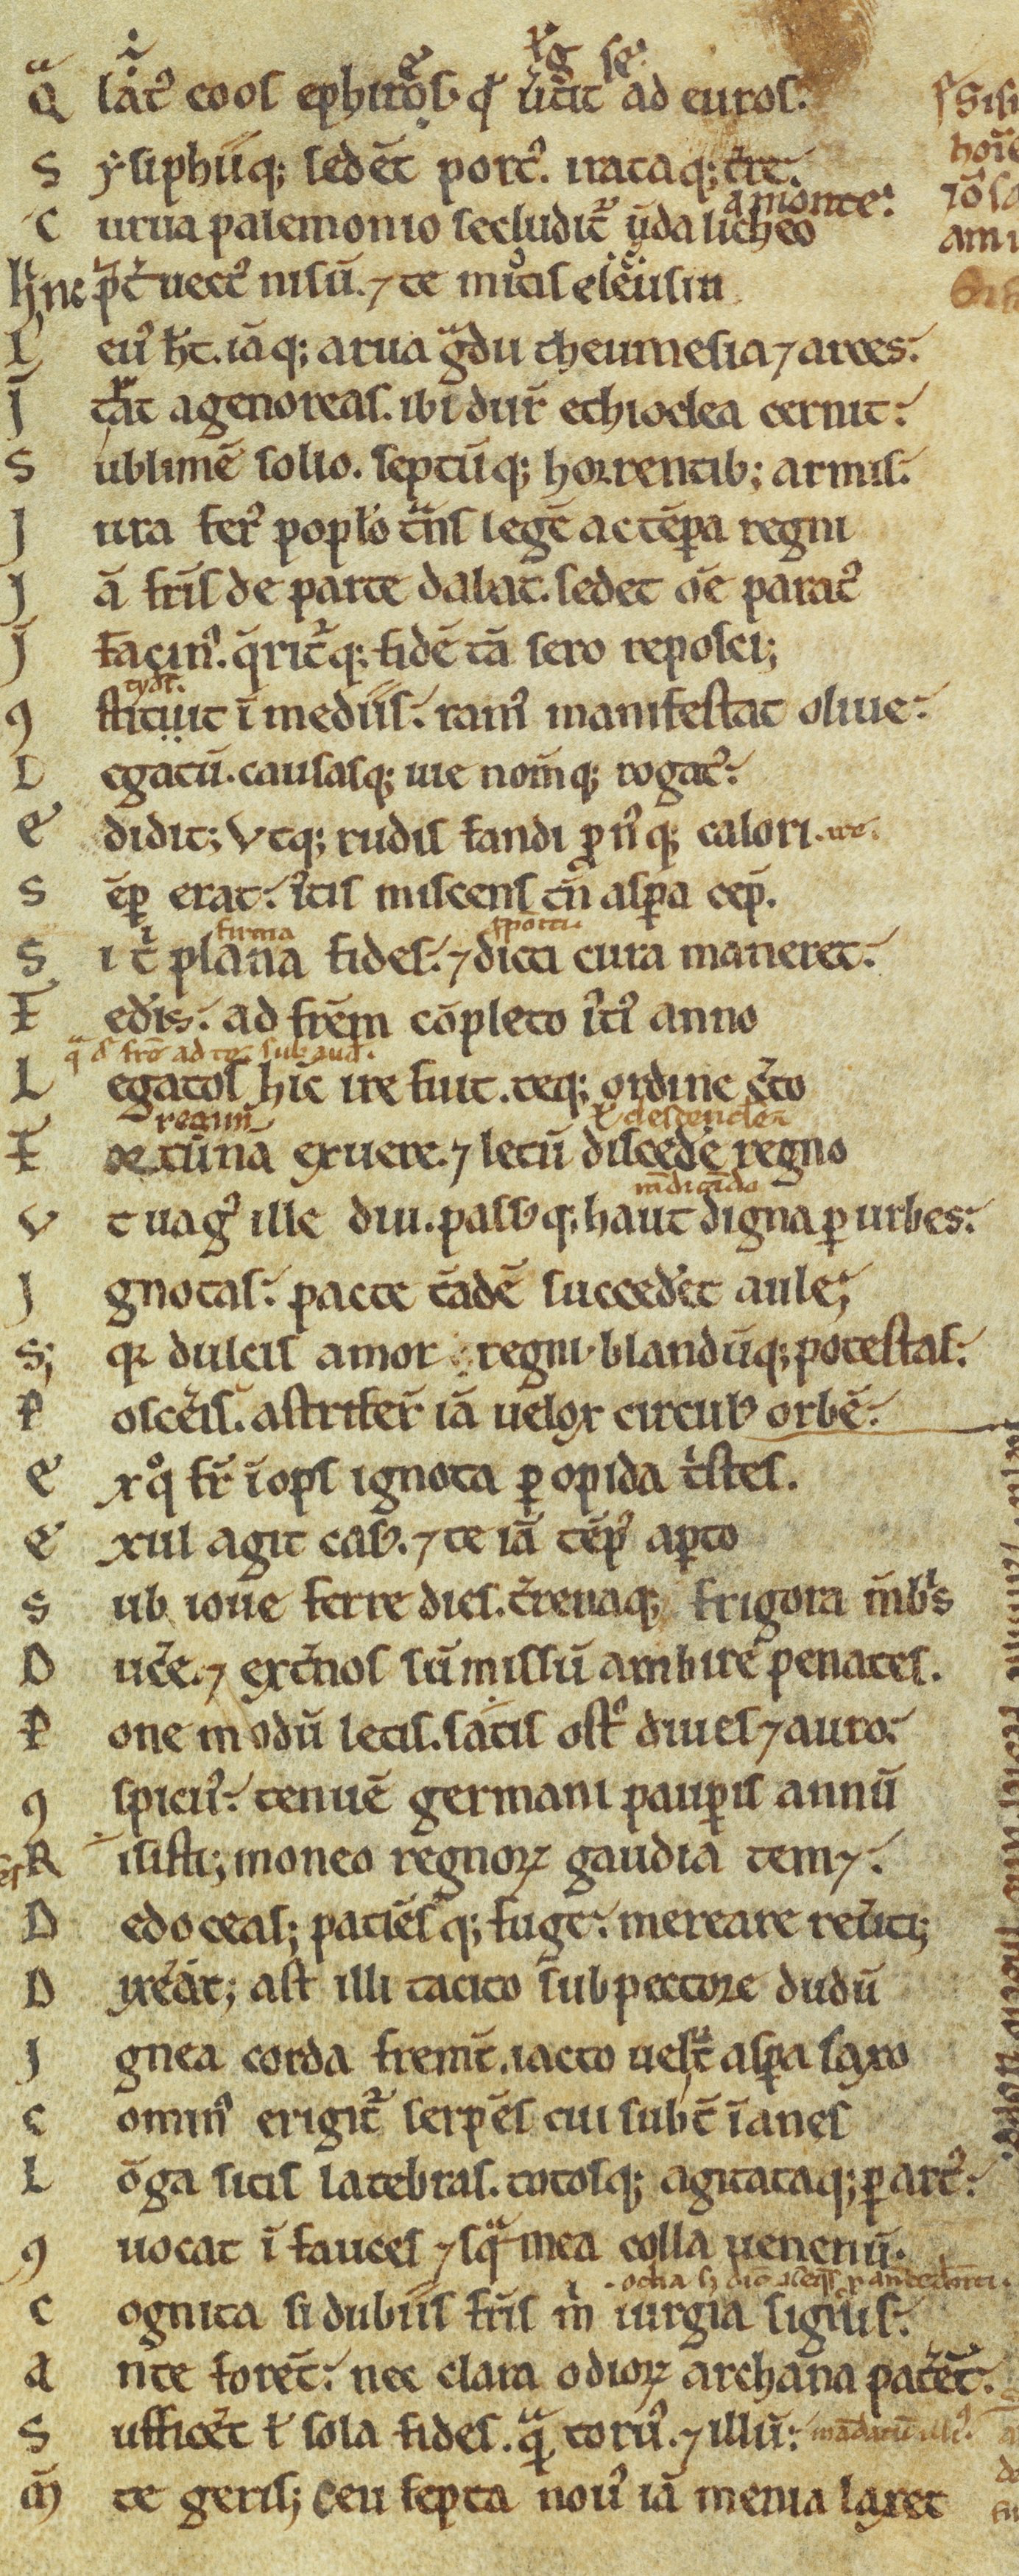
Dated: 1100–1199